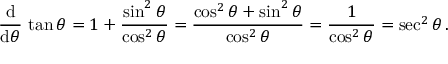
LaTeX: { \frac { \operatorname { d } } { \operatorname { d } \! \theta } } \, \tan \theta = 1 + { \frac { \sin ^ { 2 } \theta } { \cos ^ { 2 } \theta } } = { \frac { \cos ^ { 2 } \theta + \sin ^ { 2 } \theta } { \cos ^ { 2 } \theta } } = { \frac { 1 } { \cos ^ { 2 } \theta } } = \sec ^ { 2 } \theta \, .